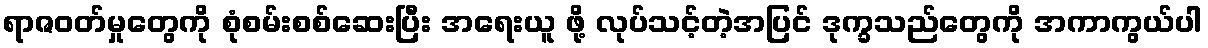
ရာဇဝတ်မှုတွေကို စုံစမ်းစစ်ဆေးပြီး အရေးယူ ဖို့ လုပ်သင့်တဲ့အပြင် ဒုက္ခသည်တွေကို အကာကွယ်ပါ